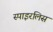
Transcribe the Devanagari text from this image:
स्पाइरलिस